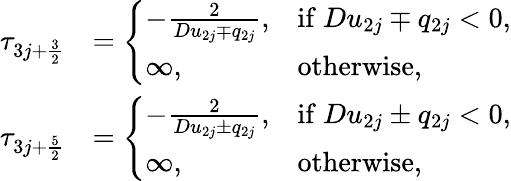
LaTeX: \begin{array}{rl}{\tau_{3j+\frac{3}{2}}}&{=\left\{ \begin{array}{ll}{-\frac{2}{Du_{2j}\mp q_{2j}},}&{\mathrm{if~}Du_{2j}\mp q_{2j}<0,}\\ {\infty,}&{\mathrm{otherwise},}\end{array}\right.}\\ {\tau_{3j+\frac{5}{2}}}&{=\left\{ \begin{array}{ll}{-\frac{2}{Du_{2j}\pm q_{2j}},}&{\mathrm{if~}Du_{2j}\pm q_{2j}<0,}\\ {\infty,}&{\mathrm{otherwise},}\end{array}\right.}\end{array}